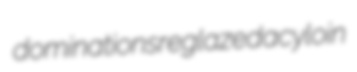
dominations reglazed acyloin